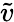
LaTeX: \tilde{v}